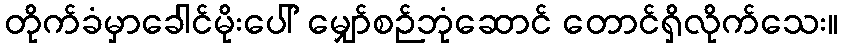
တိုက်ခံမှာခေါင်မိုးပေါ် မျှော်စဉ်ဘုံဆောင် တောင်ရှိလိုက်သေး။